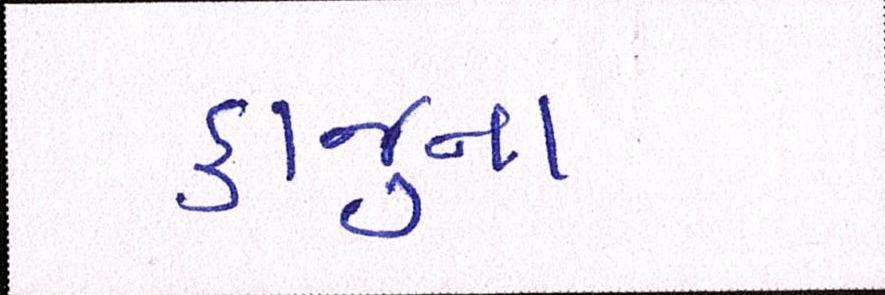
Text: કાજુના